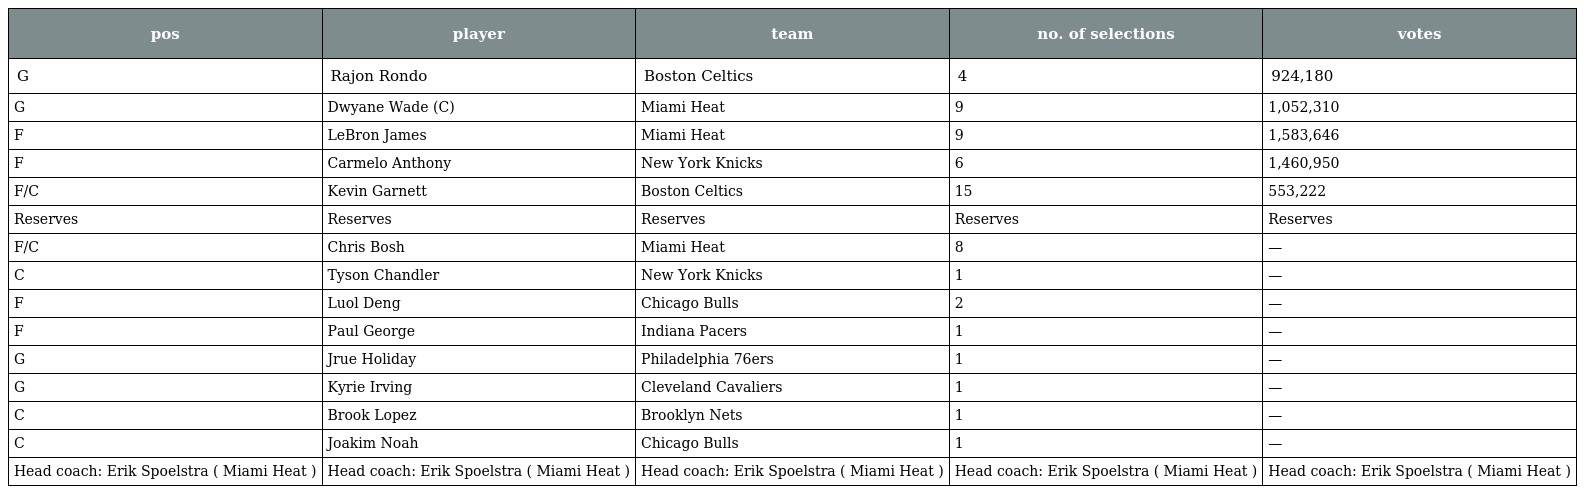
| pos | player | team | no. of selections | votes |
 | --- | --- | --- | --- | --- |
 | G | Rajon Rondo | Boston Celtics | 4 | 924,180 |
 | G | Dwyane Wade (C) | Miami Heat | 9 | 1,052,310 |
 | F | LeBron James | Miami Heat | 9 | 1,583,646 |
 | F | Carmelo Anthony | New York Knicks | 6 | 1,460,950 |
 | F/C | Kevin Garnett | Boston Celtics | 15 | 553,222 |
 | Reserves | Reserves | Reserves | Reserves | Reserves |
 | F/C | Chris Bosh | Miami Heat | 8 | — |
 | C | Tyson Chandler | New York Knicks | 1 | — |
 | F | Luol Deng | Chicago Bulls | 2 | — |
 | F | Paul George | Indiana Pacers | 1 | — |
 | G | Jrue Holiday | Philadelphia 76ers | 1 | — |
 | G | Kyrie Irving | Cleveland Cavaliers | 1 | — |
 | C | Brook Lopez | Brooklyn Nets | 1 | — |
 | C | Joakim Noah | Chicago Bulls | 1 | — |
 | Head coach: Erik Spoelstra ( Miami Heat ) | Head coach: Erik Spoelstra ( Miami Heat ) | Head coach: Erik Spoelstra ( Miami Heat ) | Head coach: Erik Spoelstra ( Miami Heat ) | Head coach: Erik Spoelstra ( Miami Heat ) |